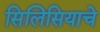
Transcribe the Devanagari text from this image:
सिलिसियाचे